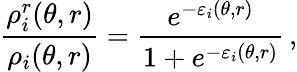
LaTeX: \frac{\rho_{i}^{r}(\theta,r)}{\rho_{i}(\theta,r)}=\frac{e^{-\varepsilon_{i}(\theta,r)}}{1+e^{-\varepsilon_{i}(\theta,r)}}\, ,